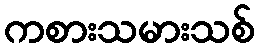
ကစားသမားသစ်